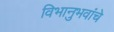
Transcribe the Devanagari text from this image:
विभानुभवांचे